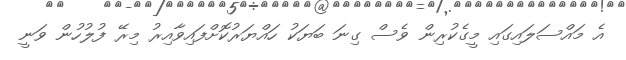
އެ މައްސަލައިގައި މީގެކުރިން ވެސް ގިނަ ބަޔަކު ހައްޔަރުކޮށްފައިވާއިރު މިރޭ ފުލުހުން ވަނީ